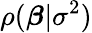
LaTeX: \rho({\boldsymbol{\beta}}|\sigma^{2})